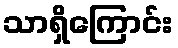
သာရှိကြောင်း